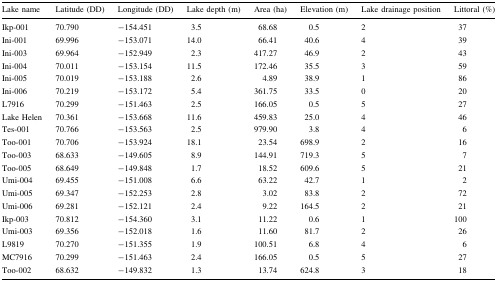
<table><thead><tr><td><b>Lake name</b></td><td><b>Latitude (DD)</b></td><td><b>Longitude (DD)</b></td><td><b>Lake depth (m)</b></td><td><b>Area (ha)</b></td><td><b>Elevation (m)</b></td><td><b>Lake drainage position</b></td><td><b>Littoral (%)</b></td></tr></thead><tbody><tr><td>Ikp-001</td><td>70.790</td><td>−154.451</td><td>3.5</td><td>68.68</td><td>0.5</td><td>2</td><td>37</td></tr><tr><td>Ini-001</td><td>69.996</td><td>−153.071</td><td>14.0</td><td>66.41</td><td>40.6</td><td>4</td><td>39</td></tr><tr><td>Ini-003</td><td>69.964</td><td>−152.949</td><td>2.3</td><td>417.27</td><td>46.9</td><td>2</td><td>43</td></tr><tr><td>Ini-004</td><td>70.011</td><td>−153.154</td><td>11.5</td><td>172.46</td><td>35.5</td><td>3</td><td>59</td></tr><tr><td>Ini-005</td><td>70.019</td><td>−153.188</td><td>2.6</td><td>4.89</td><td>38.9</td><td>1</td><td>86</td></tr><tr><td>Ini-006</td><td>70.219</td><td>−153.172</td><td>5.4</td><td>361.75</td><td>33.5</td><td>0</td><td>20</td></tr><tr><td>L7916</td><td>70.299</td><td>−151.463</td><td>2.5</td><td>166.05</td><td>0.5</td><td>5</td><td>27</td></tr><tr><td>Lake Helen</td><td>70.361</td><td>−153.668</td><td>11.6</td><td>459.83</td><td>25.0</td><td>4</td><td>46</td></tr><tr><td>Tes-001</td><td>70.766</td><td>−153.563</td><td>2.5</td><td>979.90</td><td>3.8</td><td>4</td><td>6</td></tr><tr><td>Too-001</td><td>70.706</td><td>−153.924</td><td>18.1</td><td>23.54</td><td>698.9</td><td>2</td><td>16</td></tr><tr><td>Too-003</td><td>68.633</td><td>−149.605</td><td>8.9</td><td>144.91</td><td>719.3</td><td>5</td><td>7</td></tr><tr><td>Too-005</td><td>68.649</td><td>−149.848</td><td>1.7</td><td>18.52</td><td>609.6</td><td>5</td><td>21</td></tr><tr><td>Umi-004</td><td>69.455</td><td>−151.008</td><td>6.6</td><td>63.22</td><td>42.7</td><td>1</td><td>2</td></tr><tr><td>Umi-005</td><td>69.347</td><td>−152.253</td><td>2.8</td><td>3.02</td><td>83.8</td><td>2</td><td>72</td></tr><tr><td>Umi-006</td><td>69.281</td><td>−152.121</td><td>2.4</td><td>9.22</td><td>164.5</td><td>2</td><td>21</td></tr><tr><td>Ikp-003</td><td>70.812</td><td>−154.360</td><td>3.1</td><td>11.22</td><td>0.6</td><td>1</td><td>100</td></tr><tr><td>Umi-003</td><td>69.356</td><td>−152.018</td><td>1.6</td><td>11.60</td><td>81.7</td><td>2</td><td>26</td></tr><tr><td>L9819</td><td>70.270</td><td>−151.355</td><td>1.9</td><td>100.51</td><td>6.8</td><td>4</td><td>6</td></tr><tr><td>MC7916</td><td>70.299</td><td>−151.463</td><td>2.4</td><td>166.05</td><td>0.5</td><td>5</td><td>27</td></tr><tr><td>Too-002</td><td>68.632</td><td>−149.832</td><td>1.3</td><td>13.74</td><td>624.8</td><td>3</td><td>18</td></tr></tbody></table>